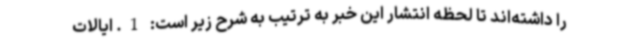
را داشته‌اند تا لحظه انتشار این خبر به ترتیب به شرح زیر است: 1. ایالات